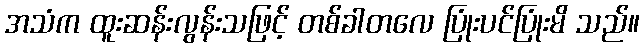
အသံက ထူးဆန်းလွန်းသဖြင့် တစ်ခါတလေ ပြုံးပင်ပြုံးမိ သည်။